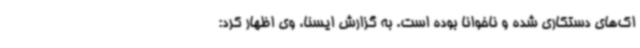
اک‌های دستکاری شده و ناخوانا بوده است. به گزارش ایسنا، وی اظهار کرد: